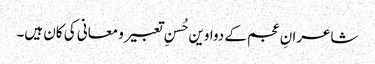
شاعرانِ عجم کے دواوین حُسنِ تعبیر و معانی کی کان ہیں۔